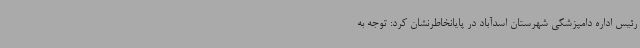
رئیس اداره دامپزشکی شهرستان اسدآباد در پایانخاطرنشان کرد: توجه به